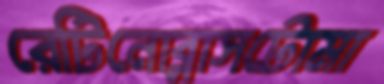
রেটিনোব্লাসটোমা